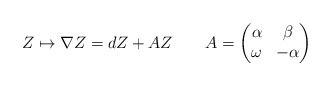
\begin{align*}Z\mapsto \nabla Z=dZ+AZ\ \ \ \ \ \ A=\begin{pmatrix}\alpha&\beta\\ \omega&-\alpha\end{pmatrix}\end{align*}